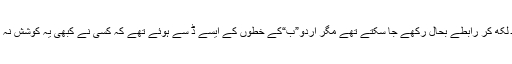
خط لکھ کر رابطے بحال رکھے جا سکتے تھے مگر اردو”ب“کے خطوں کے ایسے ڈ سے ہوئے تھے کہ کسی نے کبھی یہ کوشش نہ کی۔